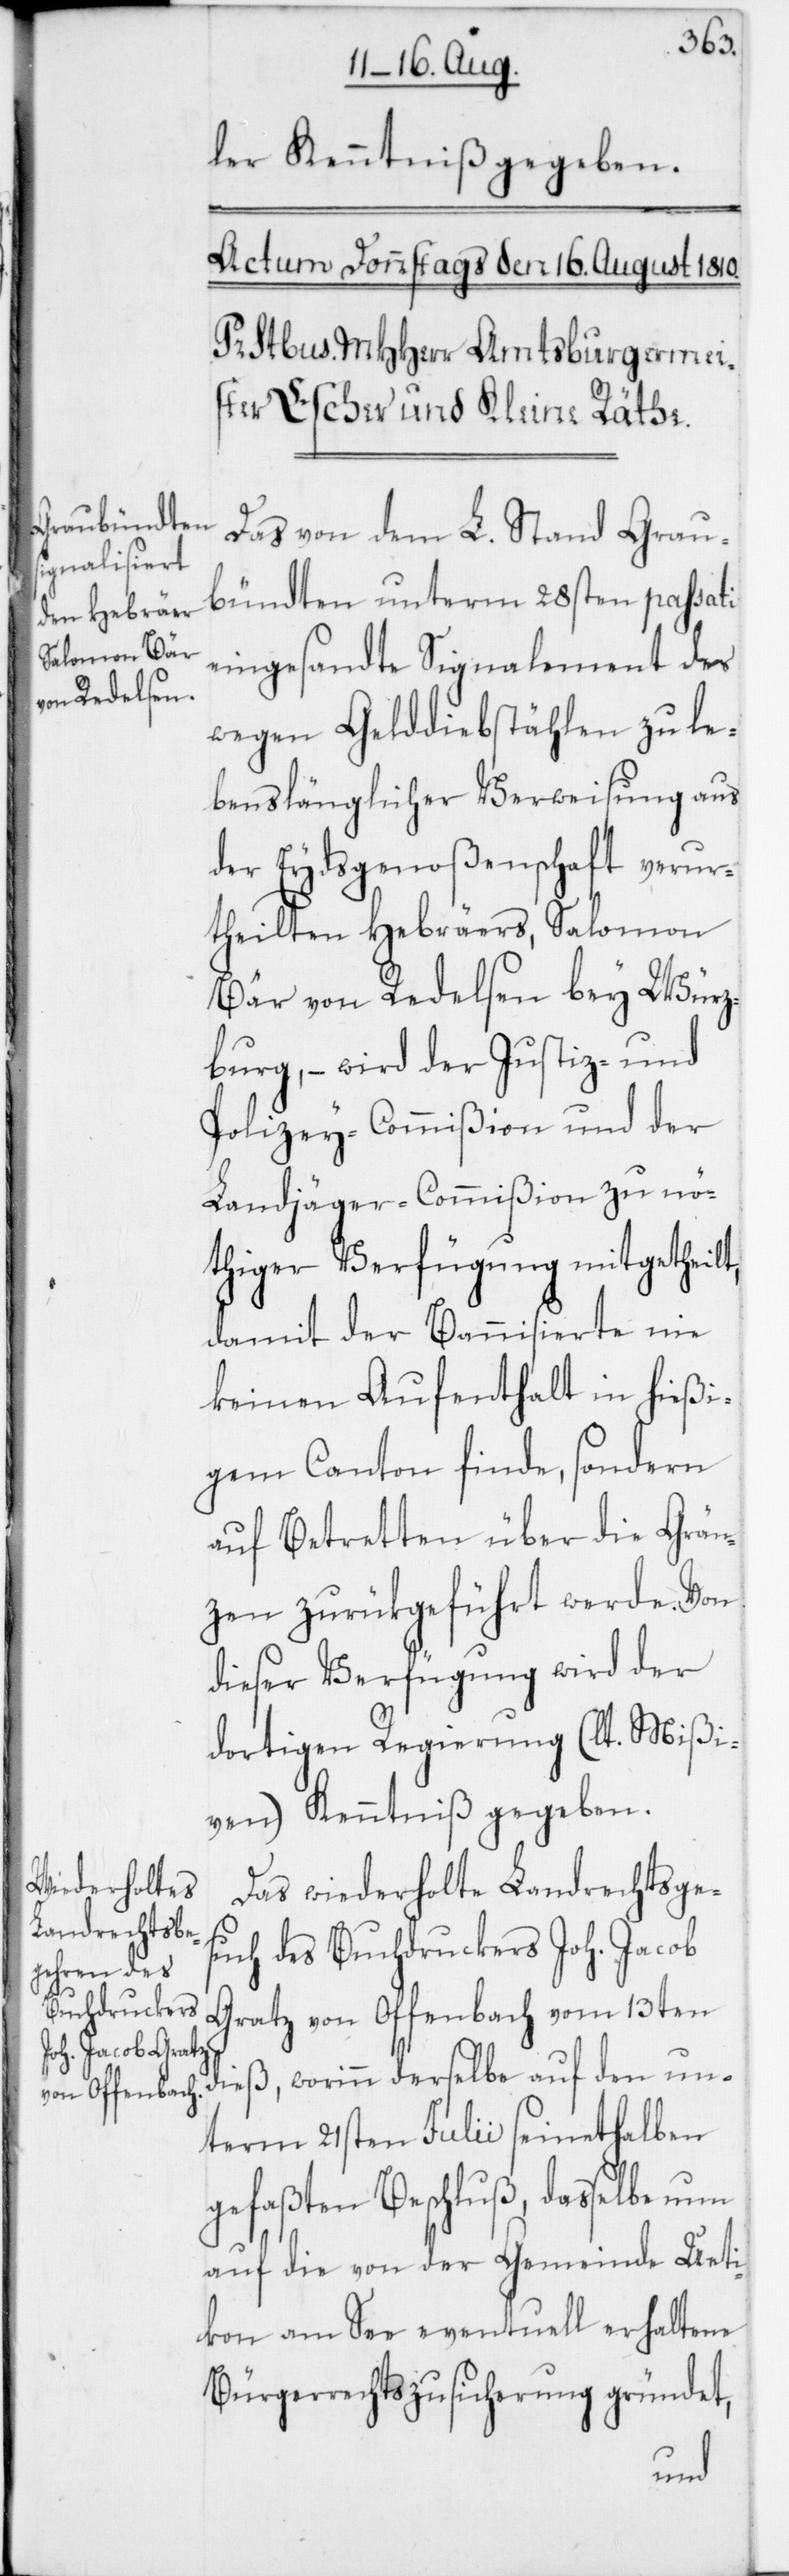
ler Kenntniß gegeben.
Das von dem L. Stand Grau¬
bündten unterm 28sten passati
eingesandte Signalement des
wegen Gelddiebstählen zu le¬
benslänglicher Verweisung aus
der Eydsgenoßenschaft verur¬
theilten Hebräers, Salomon
Bär von Redelsen bey Würz¬
burg, – wird der Justiz- und
Polizey-Commißion und der
Landjäger-Commißion zu nö¬
thiger Verfügung mitgetheilt,
damit der Bannisierte nie
keinen Aufenthalt in hießi¬
gem Canton finde, sondern
auf Betretten über die Grän¬
zen zurükgeführt werde. Von
dieser Verfügung wird der
dortigen Regierung (lt. Mißi¬
ven) Kenntniß gegeben.
Das wiederholte Landrechtsges¬
uch des Buchdruckers Joh. Jacob
Gratz von Offenbach vom 13ten
dieß, worinn derselbe auf den un¬
term 21sten Julii seinethalben
gefaßten Beschluß, dasselbe
auf die von der Gemeinde Ueti¬
kon am See eventuell erhaltene
Bürgerrechtszusicherung gründet,